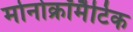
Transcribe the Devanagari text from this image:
मोनोक्रॉमैटिक